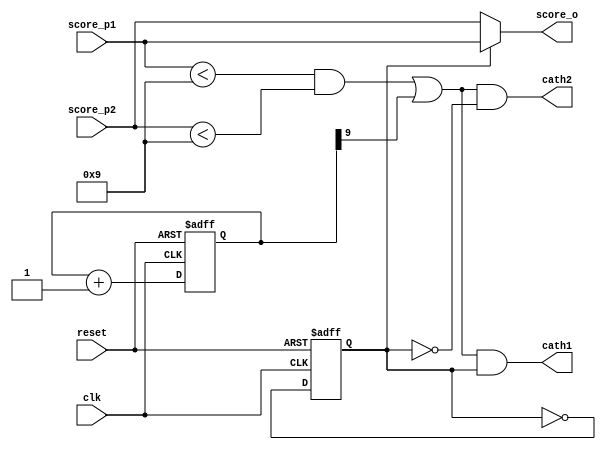
`default_nettype none
`timescale 1ns / 1ps

module score (
    input clk,
    input reset,

    input [3:0] score_p1,
    input [3:0] score_p2,

    output wire [3:0] score_o,
    output wire cath1,
    output wire cath2
);

    reg clk_toggle;
    reg [9:0] blinker;

    // Blink the scores when the game is over:
    wire on;
    assign on = (score_p1 < 9 && score_p2 < 9) || blinker[9];

    assign score_o = clk_toggle ? score_p1 : score_p2;
    assign cath1 = on && clk_toggle;
    assign cath2 = on && !clk_toggle;

    always @(posedge clk or posedge reset) begin
        if (reset) begin
            clk_toggle <= 0;
            blinker <= 0;

        end else begin
            // Divide the incoming clk to ensure we get a 50% duty cycle, even if
            // the incoming clk doesn't have that:
            clk_toggle <= ~clk_toggle;

            blinker <= blinker + 1;
        end
    end
endmodule